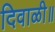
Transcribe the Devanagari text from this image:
दिवाळी॥